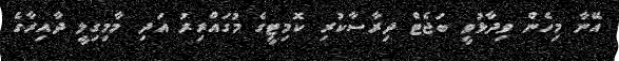
އޭނާ މިހެން ވިދާޅުވީ ބަޖެޓް ދިރާސާކުރި ކޮމިޓީގެ މުގައްރިރު އަދި މާމިގިލީ ދާއިރާގެ